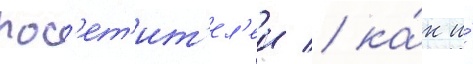
пос'ет'ит'ел'еи / ка́к и́